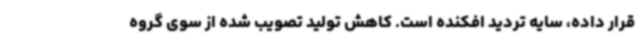
قرار داده، سایه تردید افکنده است. کاهش تولید تصویب شده از سوی گروه